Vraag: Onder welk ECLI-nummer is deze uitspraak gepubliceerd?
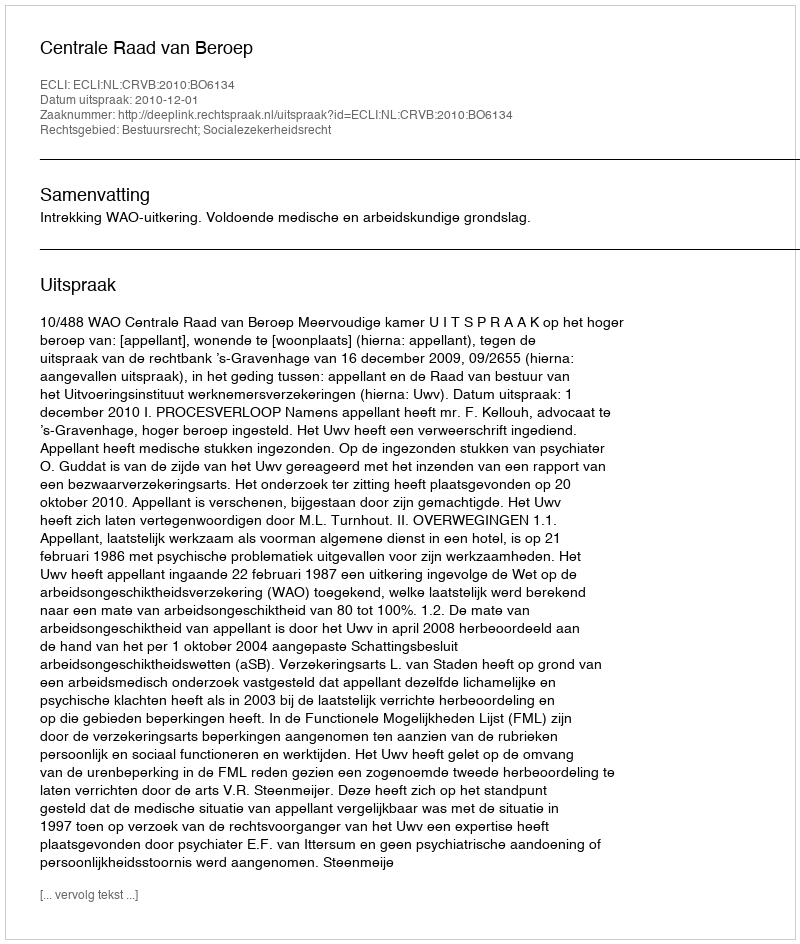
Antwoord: ECLI:NL:CRVB:2010:BO6134